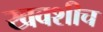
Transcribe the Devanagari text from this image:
खवशीच